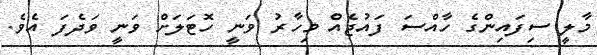
މާލީ ސިފައިންގެ ހާއްސަ ފައުޖެއް މިހާރު ވަނީ ހޮޓަލަށް ވަނީ ވަދެފަ އެވެ.